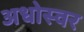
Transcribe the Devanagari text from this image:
अधोस्वर